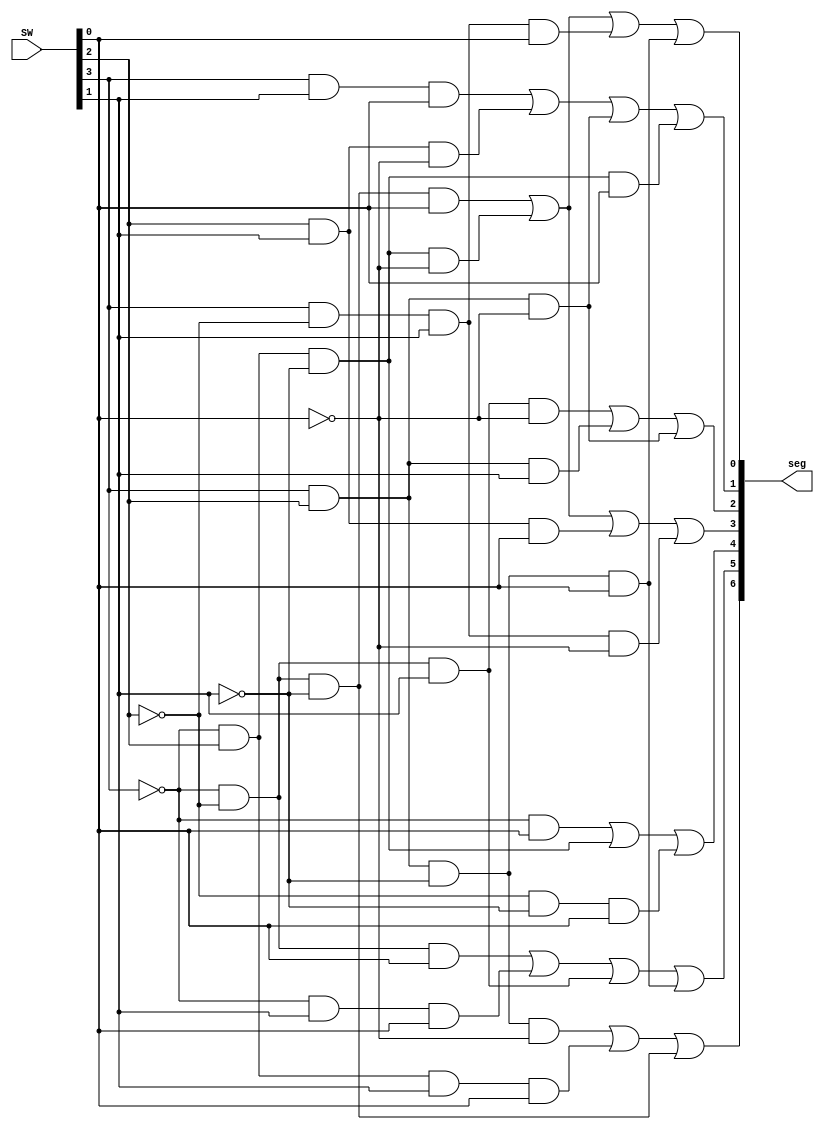
`timescale 1ns / 1ps

module hex2seg(
    input [3:0] SW,
    output [6:0] seg
    );
    
    //Defining wires for not signals
    wire SW3_not, SW2_not, SW1_not, SW0_not;
    
    //Defining wires for and signals
    wire d0, d1, d2, d3, d4, d5, d6, d7, d8, d9, d10, d11, d12, d13, d14, d15, d16, d17, d18, d19, d20, d21, d22, d23, d24;
    
    //Instantiating not gates
    not n0 (SW3_not, SW[3]);
    not n1 (SW2_not, SW[2]);
    not n2 (SW1_not, SW[1]);
    not n3 (SW0_not, SW[0]);
    
    //Instantiating and/or gates
    //Segment a
    and g0 (d0, SW3_not, SW2_not, SW1_not, SW[0]);
    and g1 (d1, SW3_not, SW[2], SW1_not, SW0_not);
    and g2 (d2, SW[3], SW2_not, SW[1], SW[0]);
    and g3 (d3, SW[3], SW[2], SW1_not, SW[0]);
    or o1 (seg[0], d0, d1, d2, d3);
    
    //Segment b
    and g4 (d4, SW[3], SW[1], SW[0]);
    and g5 (d5, SW[2], SW[1], SW0_not);
    and g6 (d6, SW[3], SW[2], SW0_not);
    and g7 (d7, SW3_not, SW[2], SW1_not, SW[0]);
    or o2 (seg[1], d4, d5, d6, d7);
    
    //Segment c
    and g8 (d8, SW3_not, SW2_not, SW[1], SW0_not);
    and g9 (d9, SW[3], SW[2], SW[1]);
    and g10 (d10, SW[3], SW[2], SW0_not);
    or o3 (seg[2], d8, d9, d10);
    
    //Segment d
    and g11 (d11, SW3_not, SW[2], SW1_not, SW0_not);
    and g12 (d12, SW3_not, SW2_not, SW1_not, SW[0]);
    and g13 (d13, SW[2], SW[1], SW[0]);
    and g14 (d14, SW[3], SW2_not, SW[1], SW0_not);
    or o4 (seg[3], d11, d12, d13, d14);
    
    //Segment e
    and g15 (d15, SW3_not, SW[0]);
    and g16 (d16, SW3_not, SW[2], SW1_not);
    and g17 (d17, SW2_not, SW1_not, SW[0]);
    or o5 (seg[4], d15, d16, d17);
    
    //Segment f
    and g18 (d18, SW3_not, SW2_not, SW[0]);
    and g19 (d19, SW3_not, SW[1], SW[0]);
    and g20 (d20, SW3_not, SW2_not, SW[1]);
    and g21 (d21, SW[3], SW[2], SW1_not, SW[0]);
    or o6 (seg[5], d18, d19, d20, d21);
    
    //Segment g
    and g22 (d22, SW[3], SW[2], SW1_not, SW0_not);
    and g23 (d23, SW3_not, SW[2], SW[1], SW[0]);
    and g24 (d24, SW3_not, SW2_not, SW1_not);
    or o7 (seg[6], d22, d23, d24);
    
endmodule